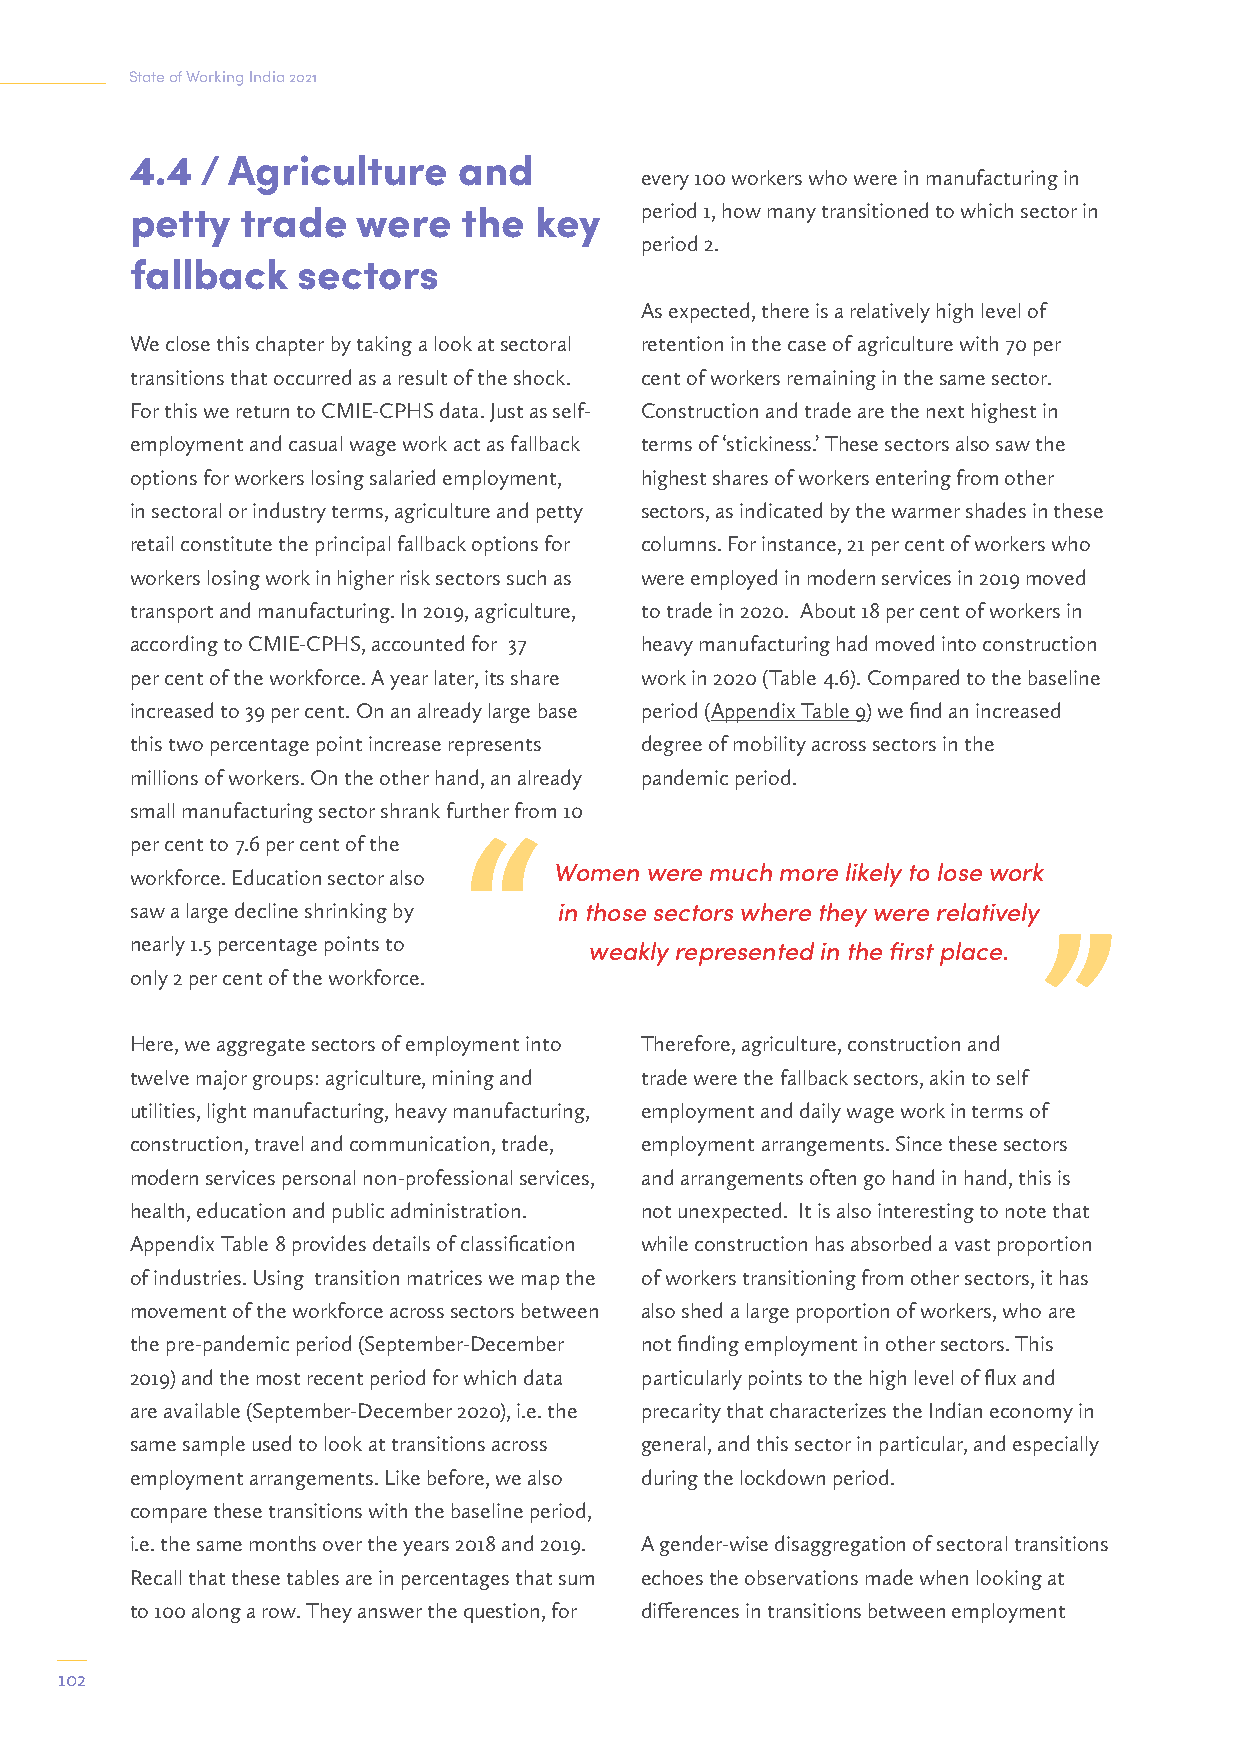
State of Working India 2021
 4.4 / Agriculture    and
 every 100 workers who were in manufacturing in
 petty  trade   were   the key    period 1, how many transitioned to which sector in
 period 2.
 fallback   sectors
 As expected, there is a relatively high level of
 We close this chapter by taking a look at sectoral retention in the case of agriculture with 70 per
 transitions that occurred as a result of the shock. cent of workers remaining in the same sector.
 For this we return to CMIE-CPHS data. Just as self- Construction and trade are the next highest in
 employment and casual wage work act as fallback terms of ‘stickiness.’ These sectors also saw the
 options for workers losing salaried employment, highest shares of workers entering from other
 in sectoral or industry terms, agriculture and petty sectors, as indicated by the warmer shades in these
 retail constitute the principal fallback options for columns. For instance, 21 per cent of workers who
 workers losing work in higher risk sectors such as were employed in modern services in 2019 moved
 transport and manufacturing. In 2019, agriculture, to trade in 2020. About 18 per cent of workers in
 according to CMIE-CPHS, accounted for 37 heavy manufacturing had moved into construction
 per cent of the workforce. A year later, its share work in 2020 (Table 4.6). Compared to the baseline
 increased to 39 per cent. On an already large base period (Appendix Table 9) we find an increased
 this two percentage point increase represents degree of mobility across sectors in the
 millions of workers. On the other hand, an already pandemic period.
 small manufacturing sector shrank further from 10
 per cent to 7.6 per cent of the
 workforce. Education sector also Women were much more likely to lose work
 saw a large decline shrinking by in those sectors where they were relatively
 nearly 1.5 percentage points to
 weakly represented in the first place.
 only 2 per cent of the workforce.
 Here, we aggregate sectors of employment into Therefore, agriculture, construction and
 twelve major groups: agriculture, mining and trade were the fallback sectors, akin to self
 utilities, light manufacturing, heavy manufacturing, employment and daily wage work in terms of
 construction, travel and communication, trade, employment arrangements. Since these sectors
 modern services personal non-professional services, and arrangements often go hand in hand, this is
 health, education and public administration. not unexpected. It is also interesting to note that
 Appendix Table 8 provides details of classification while construction has absorbed a vast proportion
 of industries. Using transition matrices we map the of workers transitioning from other sectors, it has
 movement of the workforce across sectors between also shed a large proportion of workers, who are
 the pre-pandemic period (September-December not finding employment in other sectors. This
 2019) and the most recent period for which data particularly points to the high level of flux and
 are available (September-December 2020), i.e. the precarity that characterizes the Indian economy in
 same sample used to look at transitions across general, and this sector in particular, and especially
 employment arrangements. Like before, we also during the lockdown period.
 compare these transitions with the baseline period,
 i.e. the same months over the years 2018 and 2019. A gender-wise disaggregation of sectoral transitions
 Recall that these tables are in percentages that sum echoes the observations made when looking at
 to 100 along a row. They answer the question, for differences in transitions between employment
 102